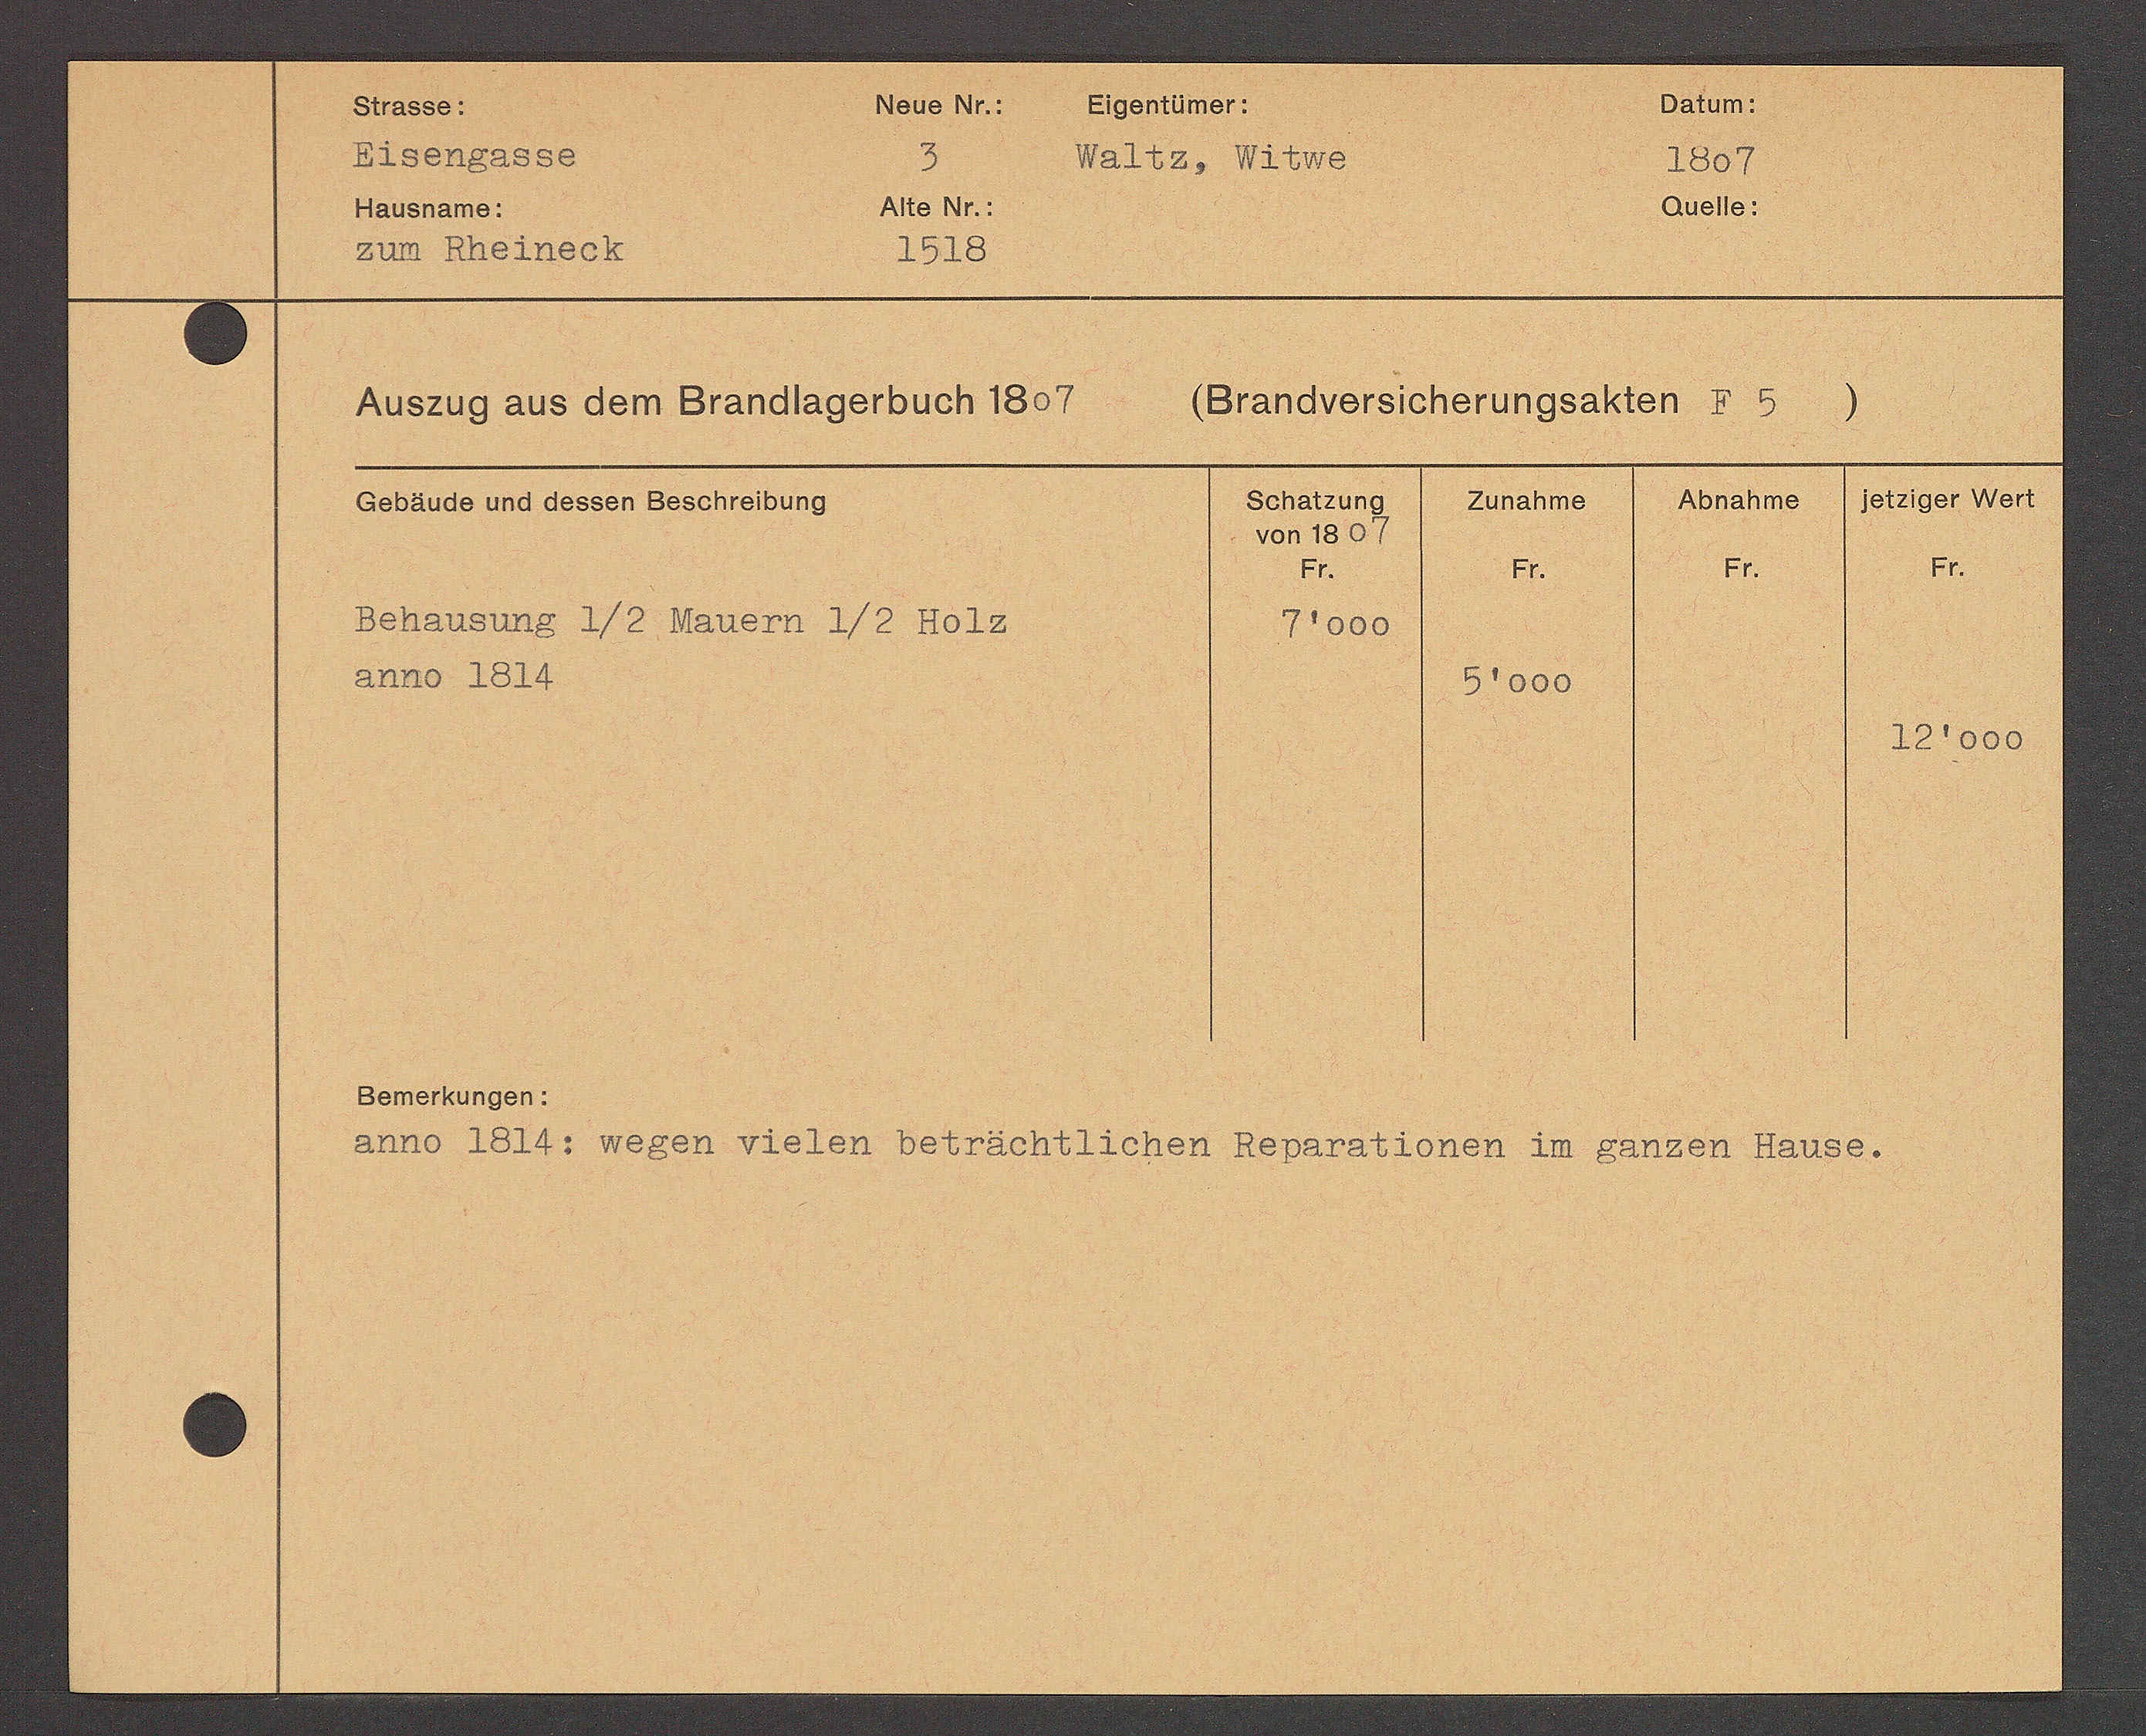
Transcript:
= 24o 3324
domorhungen.

D. 2 58 AD D550
422 E Eg No 640
2007
4140 4.
1245 p au0.
E RADTADER.
2520

DANAOISERSRUNGSAko B 3
145249 AAS AoM STADTAGSBUCHBDC.
)
1512100 MoII
52191 2 1419
2442140
1642/40
COAndo und AoSSOT BASEUNDBUrd.
40 ℔ 18 07
54.
64.
61.
64.
Schausung 2½ Hanenr 2ß 4022
71000
51000
121000
anno AOt; Noven Noten DonächE.EChon RSTADDELBUCU ER BAADEU BAUSC.

At0110.